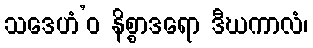
သဒေဟံ’ဝ နိစ္စာဒရော ဒီဃကာလံ၊